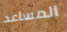
المساعد